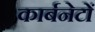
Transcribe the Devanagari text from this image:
कार्बनेटों